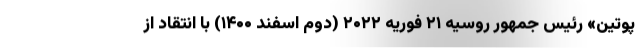
پوتین» رئیس جمهور روسیه ۲۱ فوریه ۲۰۲۲ (دوم اسفند ۱۴۰۰) با انتقاد از